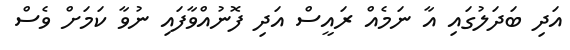
އަދި ބަދަލުގައި އާ ނަމެއް ރައީސް އަދި ފޮނުއްވާފައި ނުވާ ކަމަށް ވެސް